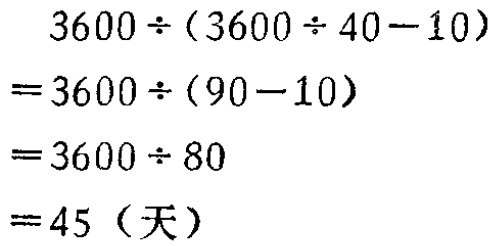
\[
\begin{align*}
&3600\div(3600\div40 - 10)\\
=&3600\div(90 - 10)\\
=&3600\div80\\
=&45（天）
\end{align*}
\]